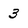
Character: 3